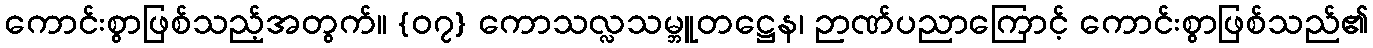
ကောင်းစွာဖြစ်သည့်အတွက်။ {၀၇} ကောသလ္လသမ္ဘူတဋ္ဌေန၊ ဉာဏ်ပညာကြောင့် ကောင်းစွာဖြစ်သည်၏